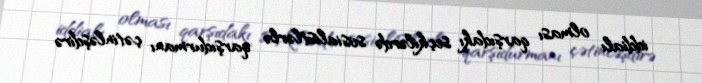
iddialı olması qarşıdakı seçkilərdə sosialistlərlə qarşıdurmanı çətinləşdirə